Report on horse surra - Volume II, Part II
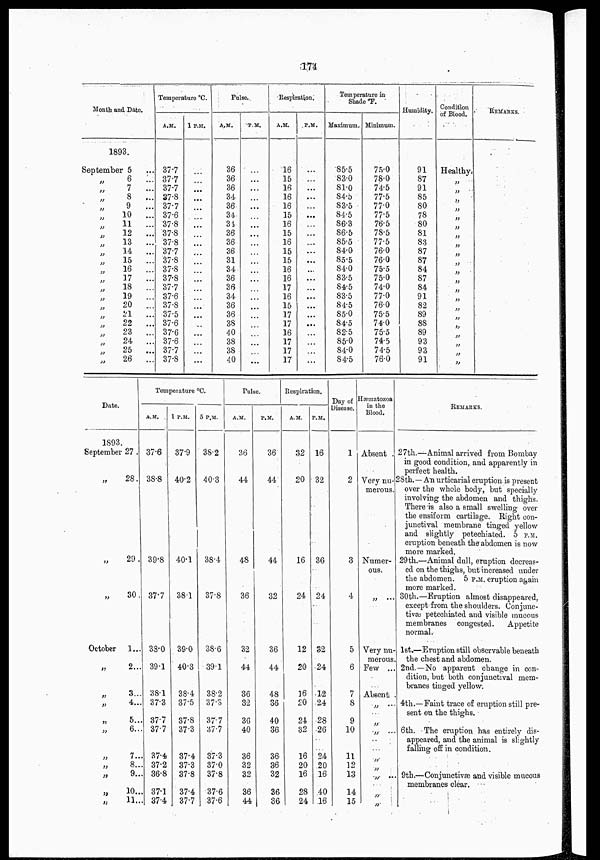
174
Month and Date.
1893.
September 5
„ 6
...
„ 7
...
„ 8
...
„ 9
...
„ 10
...
„ 11
...
„ 12
...
„ 13
...
„ 14
...
„ 15
...
„ 16
...
„ 17
...
„ 18
...
„ 19
...
„ 20
...
„ 21 ...
„
22
...
„ 23
...
„ 24
...
„ 25
...
„
26
...
Temperature °C.
A.M.
37.7
37.7
37.7
37.8
37.7
37.6
37.8
37.8
37.8
37.7
37.8
37.8
37.8
37.7
37.6
37.8
37.5
37.6
37.6
37.6
37.7
37.8
1 P.M.
...
...
...
...
...
...
...
...
...
...
...
...
...
...
...
...
...
...
...
...
...
...
Pulse.
A.M.
36
36
36
34
36
34
34
36
36
36
31
34
36
36
34
36
36
38
40
38
38
40
P.M.
...
...
...
...
...
...
...
...
...
...
...
...
...
...
...
...
...
...
...
...
...
...
Respiration.
A.M.
16
15
16
16
16
15
16
15
16
15
15
16
16
17
16
15
17
17
16
17
17
17
P.M.
...
...
...
...
...
...
...
...
...
...
...
...
...
...
...
...
...
...
...
...
...
...
Temperature in
Shade °F.
Maximum..
85.5
83.0
81.0
84.5
83.5
84.5
86.3
86.5
85.5
84.0
85.5
84.0
83.5
84.5
83.5
84.5
85.0
84.5
82.5
85.0
84.0
84.5
Minimum.
75.0
78.0
74.5
77.5
77.0
77.5
76.5
78.5
77.5
76.0
76.0
75.5
75.0
74.0
77.0
76.0
75.5
74.0
75.5
74.5
74.5
76.0
Humidity.
91
87
91
85
80
78
80
81
83
87
87
84
87
84
91
82
89
88
89
93
93
91
Condition
of Blood.
Healthy.
„
„
„
„
„
„
„
„
„
„
„
„
„
„
„
„
„
„
„
„
„
REMARKS.
Date.
1893.
September 27.
„
28.
„
29.
„
30.
October
1...
„
2...
„ 3...
„
4...
„
5...
„
6...
„
7...
„
8...
„
9...
„
10...
„
11...
Temperature °C.
A.M.
37.6
38.8
39.8
37.7
38.0
39.1
38.1
37.3
37.7
37.7
37.4
37.2
36.8
37.1
37.4
1 P.M.
37.9
40.2
40.1
38.1
39.0
40.3
38.4
37.5
37.8
37.3
37.4
37.3
37.8
37.4
37.7
5 P.M.
38.2
40.3
38.4
37.8
38.6
39.1
38.2
37.3
37.7
37.7
37.3
37.0
37.8
37.6
37.6
Pulse.
A.M.
36
44
48
36
32
44
36
32
36
40
36
32
32
36
44
P.M.
36
44
44
32
36
44
48
36
40
36
36
36
32
36
36
Respiration.
A.M.
32
20
16
24
12
20
16
20
24
32
16
20
16
28
24
P.M.
16
32
36
24
32
24
12
24
28
26
24
20
16
40
16
Day of
Disease.
1
2
3
4
5
6
7
8
9
10
11
12
13
14
15
Hæmatozoa
in the
Blood.
Absent
Very nu-
merous.
Numer-
ous.
„ ...
Very nu-
merous
Few ...
Absent;
„ ...
„
„
„
„
„ ...
„
„
REMARKS.
27th.—Animal arrived from Bombay
in good condition, and apparently in
perfect health.
28th.—An urticarial eruption is present
over the whole body, but specially
involving the abdomen and thighs.
There is also a small swelling over
the ensiform cartilage. Right con-
junctival membrane tinged yellow
and slightly petechiated. 5 P.M.
eruption beneath the abdomen is now
more marked.
29th.—Animal dull, eruption decreas-
ed on the thighs, but increased under
the abdomen. 5 P.M. eruption again
more marked.
30th.—Eruption almost disappeared,
except from the shoulders. Conjune-
tivæ petechiated and visible mucous
membranes congested.
Appetite
normal.
1st.—Eruption still observable beneath
the chest and abdomen.
2nd.—No apparent change in con-
dition, but both conjunctival mem-
branes tinged yellow.
4th.—Faint trace of eruption still pre-
sent on the thighs.
6th. The eruption has entirely dis-
appeared, and the animal is slightly
falling off in condition.
9th.—Conjunctivæ and visible mucous
membranes clear.